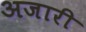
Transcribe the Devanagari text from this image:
अजारी